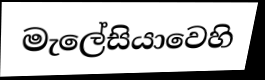
මැලේසියාවෙහි